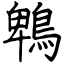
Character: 鵯